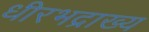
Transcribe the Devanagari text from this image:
धीरभद्राख्य